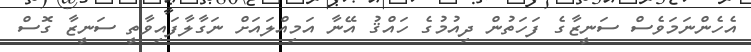
އެހެންނަމަވެސް ސަނީޒާގެ ފަހަތުން ދިއުމުގެ ހައްޤު އޭނާ އަމިއްލައަށް ނަގާލާފައިވާތީ ސަނީޒާ ގޮސް